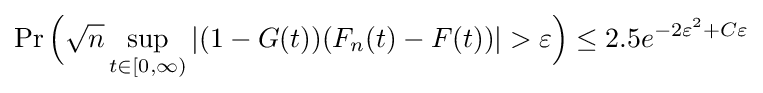
\Pr {\Bigl (}{\sqrt {n}}\sup _{t\in [0,\infty )}|(1-G(t))(F_{n}(t)-F(t))|>\varepsilon {\Bigr )}\leq 2.5e^{-2\varepsilon ^{2}+C\varepsilon }